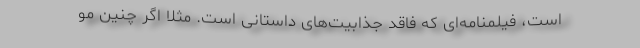
است، فیلمنامه‌ای که فاقد جذابیت‌های داستانی است. مثلا اگر چنین مو